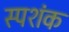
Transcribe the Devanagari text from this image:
स्पशंक